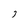
Character: 3